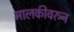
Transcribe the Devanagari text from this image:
मालकीवरुन